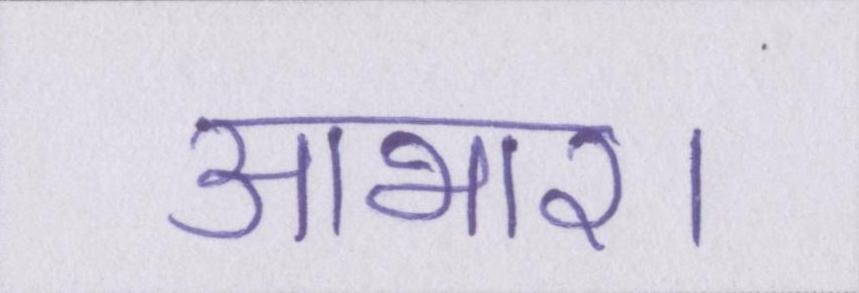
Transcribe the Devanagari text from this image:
आभार।